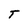
Character: T